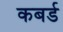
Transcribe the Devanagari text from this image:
कबर्ड